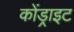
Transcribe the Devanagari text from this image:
कोंड्राइट